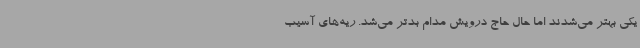
یکی بهتر می‌شدند اما حال حاج درویش مدام بدتر می‌شد. ریه‌های آسیب